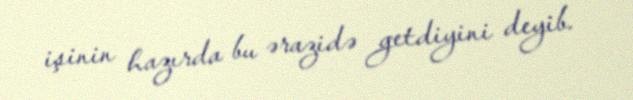
işinin hazırda bu ərazidə getdiyini deyib.